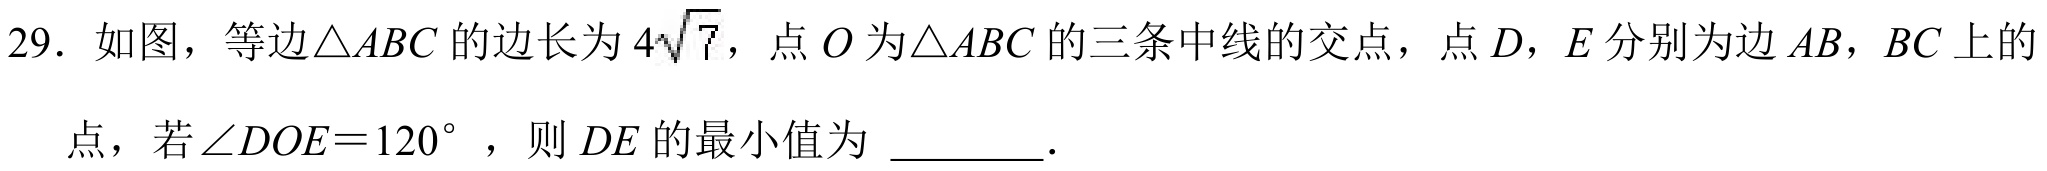
29. 如图，等边\(\triangle ABC\)的边长为\(4\sqrt{7}\)，点\(O\)为\(\triangle ABC\)的三条中线的交点，点\(D\)，\(E\)分别为边\(AB\)，\(BC\)上的
点，若\(\angle DOE = 120^{\circ}\)，则\(DE\)的最小值为 \_\_\_\_\_．